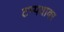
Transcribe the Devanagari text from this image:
टप्पयावर